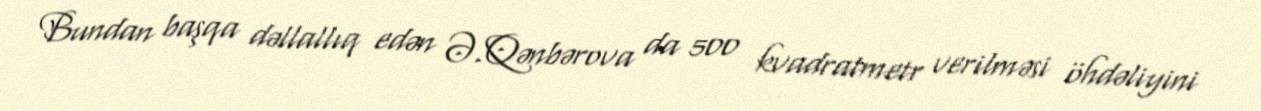
Bundan başqa dəllallıq edən Ə.Qənbərova da 500 kvadratmetr verilməsi öhdəliyini